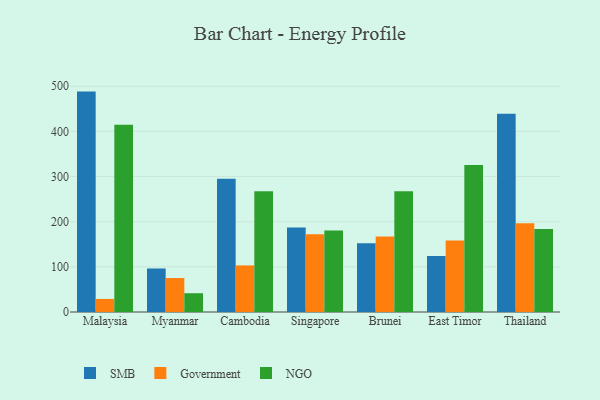
{"axis": {"x": "Country", "y": "Market Share (%)"}, "legend": ["Government", "NGO", "SMB"], "data": [{"x": "Malaysia", "y": 488.2, "type": "SMB"}, {"x": "Malaysia", "y": 28.9, "type": "Government"}, {"x": "Malaysia", "y": 414.6, "type": "NGO"}, {"x": "Myanmar", "y": 96.4, "type": "SMB"}, {"x": "Myanmar", "y": 75.2, "type": "Government"}, {"x": "Myanmar", "y": 41.6, "type": "NGO"}, {"x": "Cambodia", "y": 295.2, "type": "SMB"}, {"x": "Cambodia", "y": 103.2, "type": "Government"}, {"x": "Cambodia", "y": 267.7, "type": "NGO"}, {"x": "Singapore", "y": 187.3, "type": "SMB"}, {"x": "Singapore", "y": 172.0, "type": "Government"}, {"x": "Singapore", "y": 180.4, "type": "NGO"}, {"x": "Brunei", "y": 152.3, "type": "SMB"}, {"x": "Brunei", "y": 167.3, "type": "Government"}, {"x": "Brunei", "y": 267.5, "type": "NGO"}, {"x": "East Timor", "y": 123.8, "type": "SMB"}, {"x": "East Timor", "y": 158.3, "type": "Government"}, {"x": "East Timor", "y": 325.7, "type": "NGO"}, {"x": "Thailand", "y": 438.9, "type": "SMB"}, {"x": "Thailand", "y": 196.8, "type": "Government"}, {"x": "Thailand", "y": 183.6, "type": "NGO"}]}